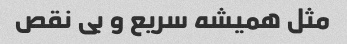
مثل همیشه سریع و بی نقص